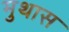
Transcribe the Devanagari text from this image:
मुथास